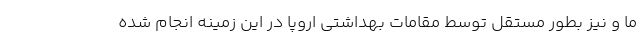
ما و نیز بطور مستقل توسط مقامات بهداشتی اروپا در این زمینه انجام شده